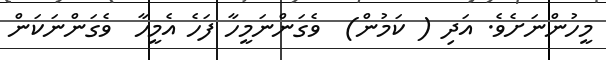
މީހުންނަށެވެ. އަދި ( ކަމުން)  ވެގަންނަމީހާ ފަހެ އެމީހާ  ވެގަންނަކަން